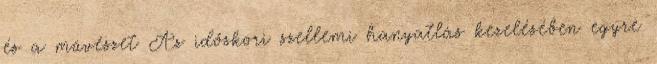
és a művészet Az időskori szellemi hanyatlás kezelésében egyre